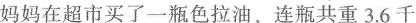
妈妈在超市买了一瓶色拉油，连瓶共重3.6千